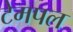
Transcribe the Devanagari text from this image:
टेमपल